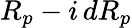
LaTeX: R_{p}-i\, dR_{p}